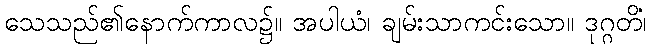
သေသည်၏နောက်ကာလ၌။ အပါယံ၊ ချမ်းသာကင်းသော။ ဒုဂ္ဂတိံ၊